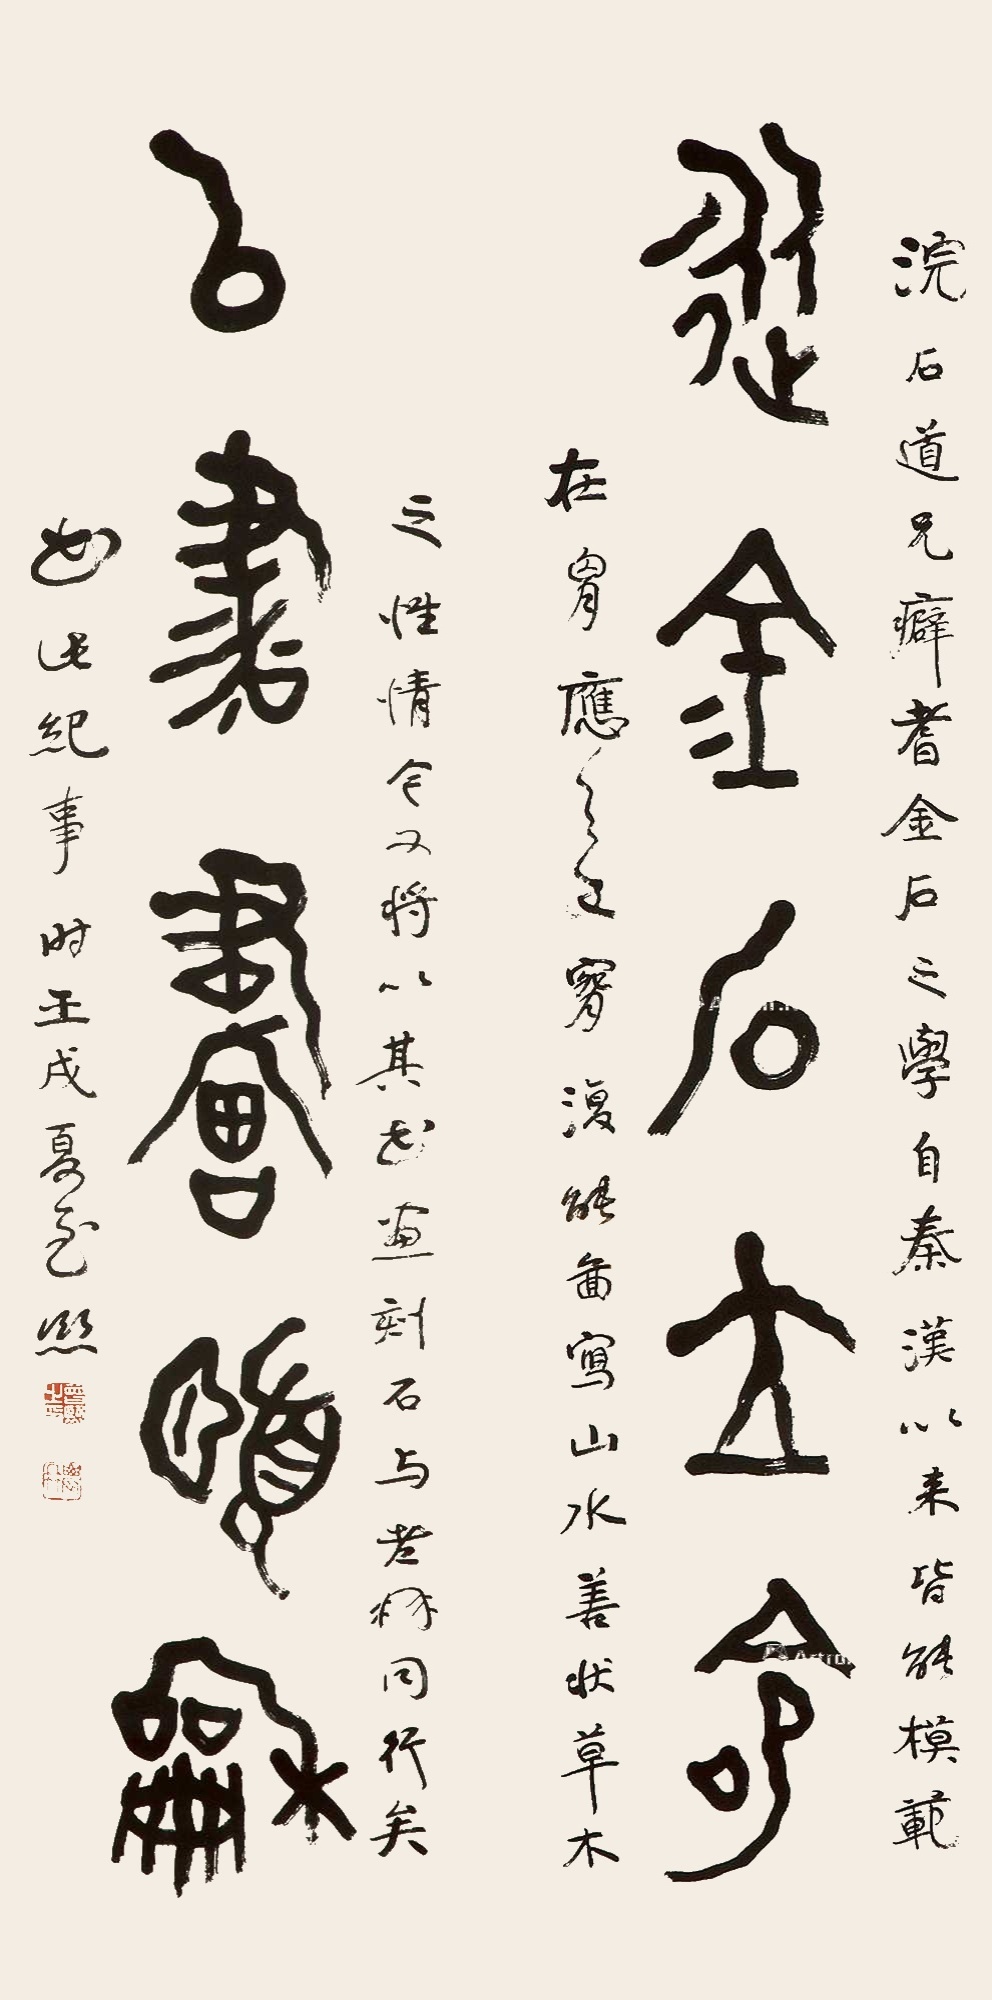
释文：从金石立命，以书画颐龢。浣石道兄癖耆金石之学，自秦汉以来，皆能模范在胸，应之手腕。复能图写山水，善状草木之性情。今又将以其书画刻石，与老髯同行矣。书此记事，时壬戌夏至，熙。